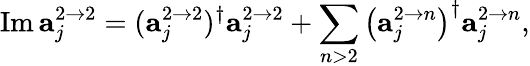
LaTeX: \mathrm{Im}\, {\mathbf a}_{j}^{2\rightarrow 2}=({\mathbf a}_{j}^{2\rightarrow 2})^{\dagger}{\mathbf a}_{j}^{2\rightarrow 2}+\sum_{n>2}\left({\mathbf a}_{j}^{2\rightarrow n}\right)^{\dagger}{\mathbf a}_{j}^{2\rightarrow n},